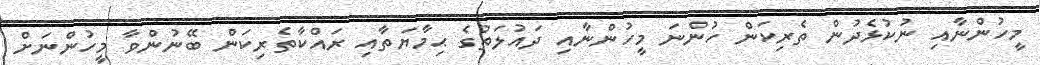
މީހުންނާއި ނުކުޅެދުން ތެރިކަން ހުންނަ މީހުންނާއި ދައުލަތުގެ ޙިމާޔަތާއި ރައްކާތެރިކަން ބޭނުންވާ މީހުންނަށް